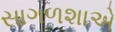
સાગળશાએ